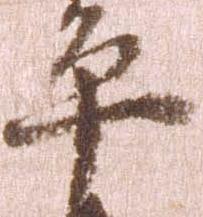
平